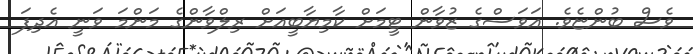
ވެސް ބުންޏެވެ. އަވަސްގެ ޒުވާން ޓީމަށް ކާމިޔާބީއަށް ރިލްވާންގެ މަންމަ ވަނީ އެދިފަ